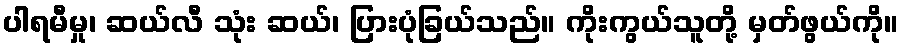
ပါရမီမှု၊ ဆယ်လီ သုံး ဆယ်၊ ပြားပုံခြယ်သည်။ ကိုးကွယ်သူတို့ မှတ်ဖွယ်ကို။